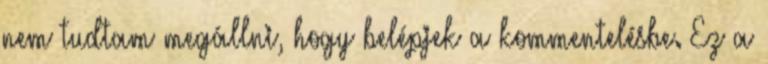
nem tudtam megállni, hogy belépjek a kommentelésbe. Ez a